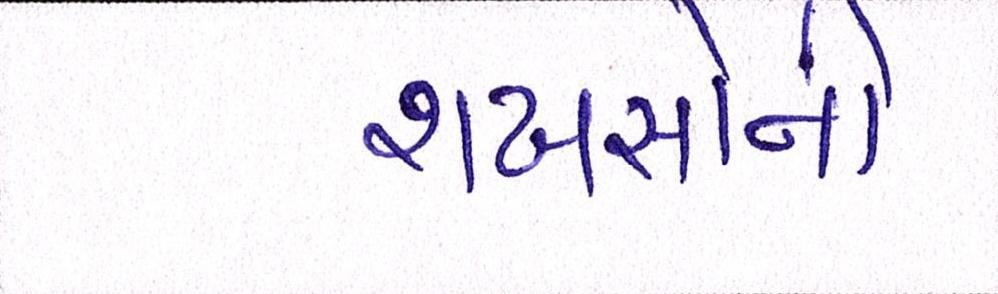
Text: શખસોની